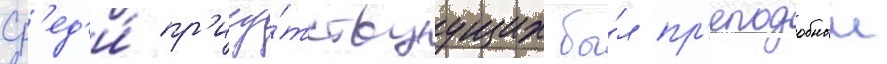
Ср'ед'и́ пр'ису́тствуущих бы́л пр'еподобныи